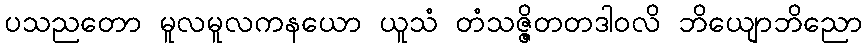
ပသညတော မူလမူလကနယော ယူသံ တံသဇ္ဇိတတဒါဝလိ ဘိယျောဘိညော